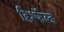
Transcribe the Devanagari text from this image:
हिर्श्फेल्ड